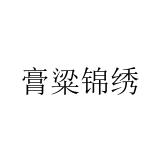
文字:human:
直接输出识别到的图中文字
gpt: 膏粱锦绣